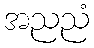
အညညံ